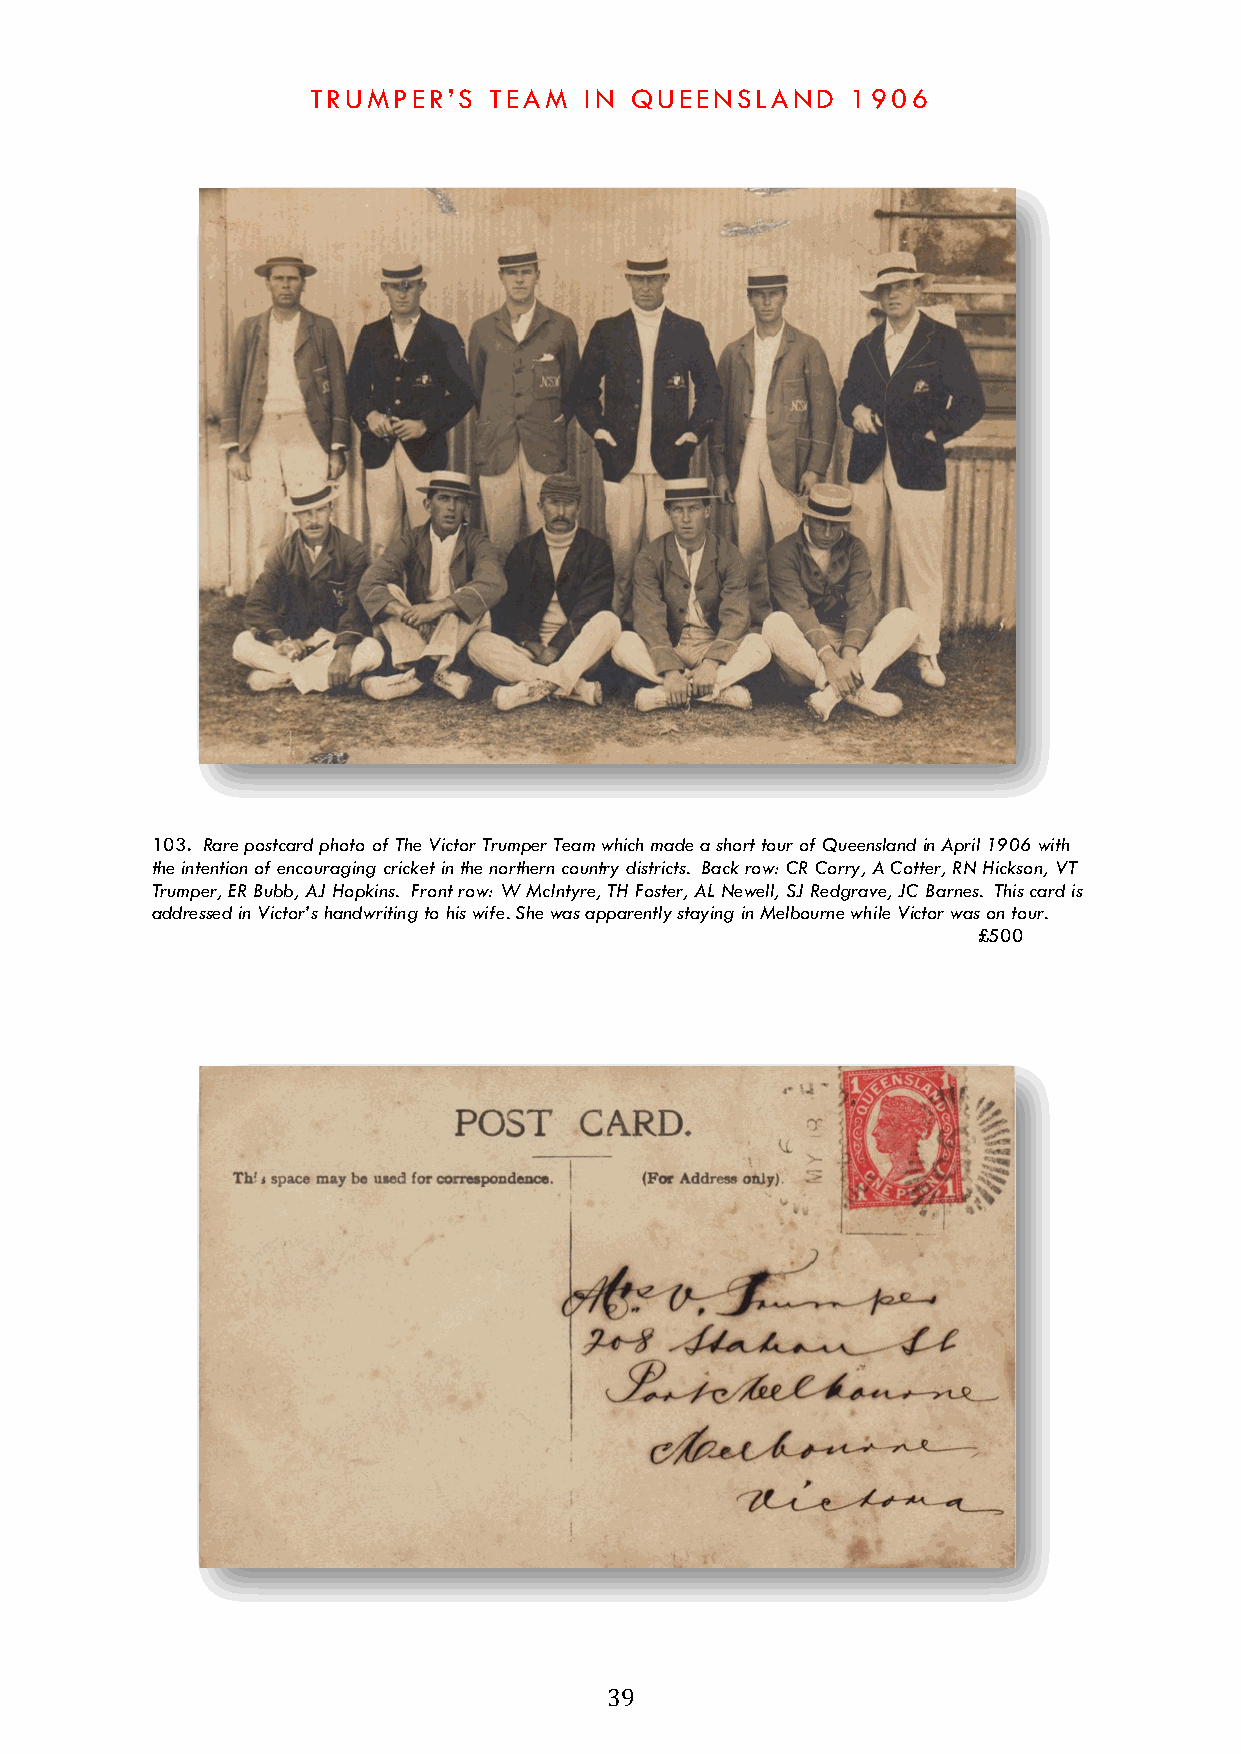
TRUMPER’S  TEAM   IN QUEENSLAND    1906
 103. Rare postcard photo of The Victor Trumper Team which made a short tour of Queensland in April 1906 with
 the intention of encouraging cricket in the northern country districts. Back row: CR Corry, A Cotter, RN Hickson, VT
 Trumper, ER Bubb, AJ Hopkins. Front row: W McIntyre, TH Foster, AL Newell, SJ Redgrave, JC Barnes. This card is
 addressed in Victor’s handwriting to his wife. She was apparently staying in Melbourne while Victor was on tour.
 £500
 39